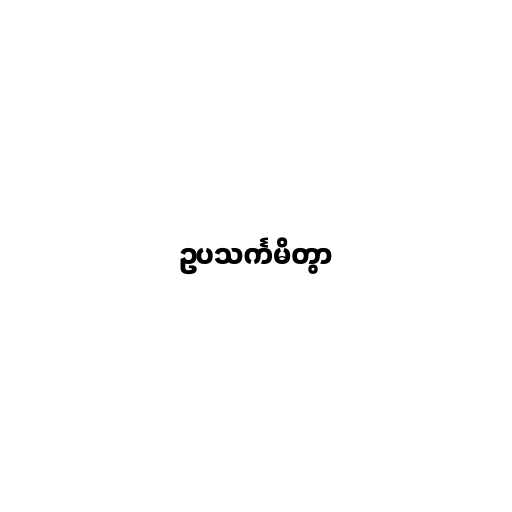
ဥပသင်္ကမိတွာ